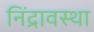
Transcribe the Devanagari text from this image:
निंद्रावस्था